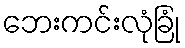
ဘေးကင်းလုံခြုံ